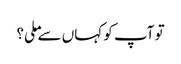
تو آپ کو کہاں سے ملی؟